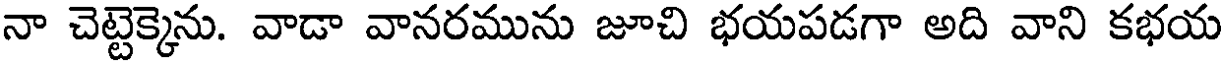
నా చెట్టెక్కెను. వాడా వానరమును జూచి భయపడగా అది వాని కభయ